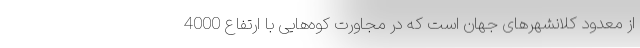
از معدود کلانشهرهای جهان است که در مجاورت کوه‌هایی با ارتفاع 4000